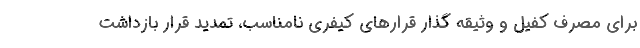
برای مصرف کفیل و وثیقه گذار قرارهای کیفری نامناسب، تمدید قرار بازداشت